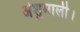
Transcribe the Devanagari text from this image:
अंशुमाली।